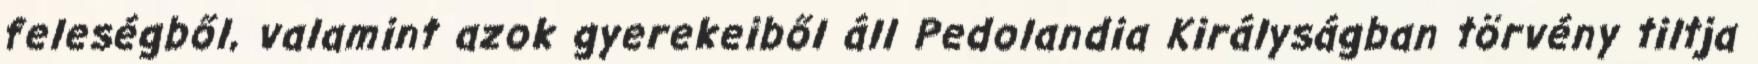
feleségből, valamint azok gyerekeiből áll Pedolandia Királyságban törvény tiltja